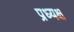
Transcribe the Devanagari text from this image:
प्रध्यक्ष